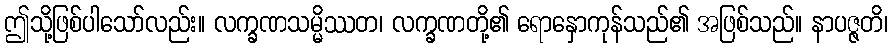
ဤသို့ဖြစ်ပါသော်လည်း။ လက္ခဏသမ္မိဿတ၊ လက္ခဏတို့၏ ရောနှောကုန်သည်၏ အဖြစ်သည်။ နာပဇ္ဇတိ၊